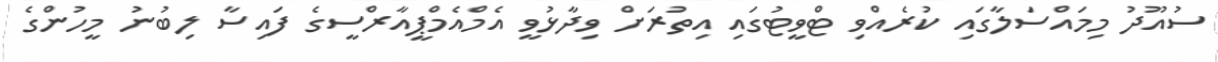
ސުއޫދު މިމައްސަލާގައި ކުރެއްވި ޓްވީޓުގައި އިތުރަށް ވިދާޅުވީ އެމްއެމްޕީއާރްސީގެ ފައިސާ ލިބުނު މީހުންގެ